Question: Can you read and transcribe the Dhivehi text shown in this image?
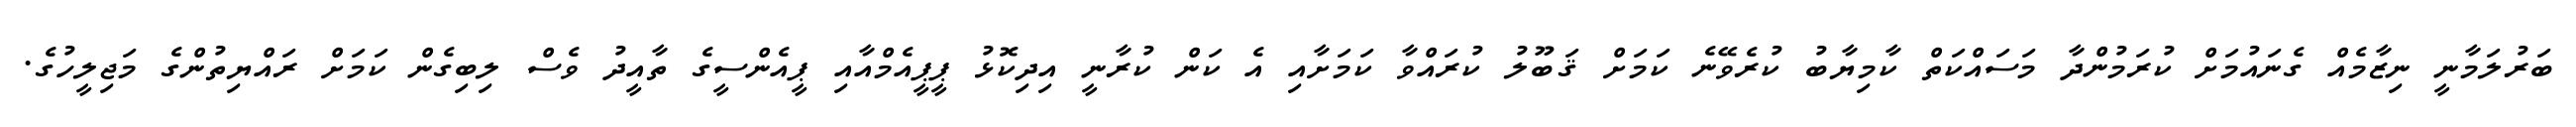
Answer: ބަރުލަމާނީ ނިޒާމެއް ގެނައުމަށް ކުރަމުންދާ މަސައްކަތް ކާމިޔާބު ކުރެވޭނެ ކަމަށް ޤަބޫލު ކުރައްވާ ކަމަށާއި އެ ކަން ކުރާނީ އިދިކޮޅު ޕީޕީއެމްއާއި ޕީއެންސީގެ ތާއީދު ވެސް ލިބިގެން ކަމަށް ރައްޔިތުންގެ މަޖިލީހުގެ.